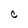
Character: O